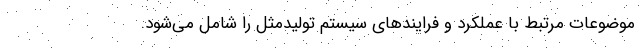
موضوعات مرتبط با عملکرد و فرایندهای سیستم تولیدمثل را شامل می‌شود.